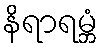
နိရာရမ္ဘံ